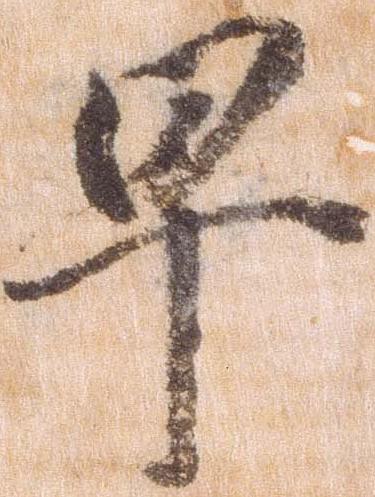
早